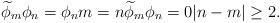
LaTeX: \begin{align*}\widetilde\phi_m \phi_n = \phi_nm=n\widetilde\phi_m \phi_n = 0|n-m| \geq 2.\end{align*}